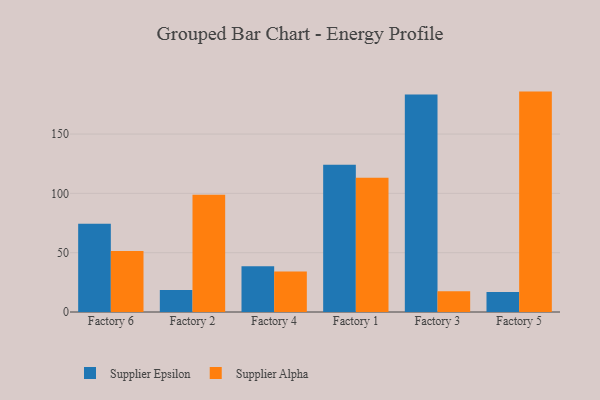
{"axis": {"x": "Factory", "y": "Inventory Turnover"}, "legend": ["Supplier Alpha", "Supplier Epsilon"], "data": [{"x": "Factory 6", "y": 74.4, "type": "Supplier Epsilon"}, {"x": "Factory 6", "y": 51.5, "type": "Supplier Alpha"}, {"x": "Factory 2", "y": 18.6, "type": "Supplier Epsilon"}, {"x": "Factory 2", "y": 98.8, "type": "Supplier Alpha"}, {"x": "Factory 4", "y": 38.5, "type": "Supplier Epsilon"}, {"x": "Factory 4", "y": 34.1, "type": "Supplier Alpha"}, {"x": "Factory 1", "y": 124.2, "type": "Supplier Epsilon"}, {"x": "Factory 1", "y": 113.2, "type": "Supplier Alpha"}, {"x": "Factory 3", "y": 183.4, "type": "Supplier Epsilon"}, {"x": "Factory 3", "y": 17.5, "type": "Supplier Alpha"}, {"x": "Factory 5", "y": 16.8, "type": "Supplier Epsilon"}, {"x": "Factory 5", "y": 185.8, "type": "Supplier Alpha"}]}